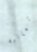
وثمانية